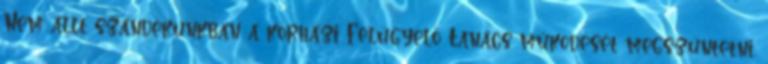
Nem állt szándékunkban a kórházi Felügyelő Tanács működését megszüntetni.